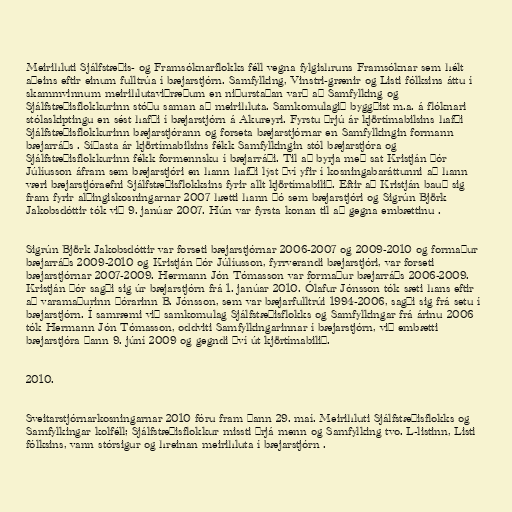
Meirihluti Sjálfstæðis- og Framsóknarflokks féll vegna fylgishruns Framsóknar sem hélt
aðeins eftir einum fulltrúa í bæjarstjórn. Samfylking, Vinstri-grænir og Listi fólksins áttu í
skammvinnum meirihlutaviðræðum en niðurstaðan varð að Samfylking og
Sjálfstæðisflokkurinn stóðu saman að meirihluta. Samkomulagið byggðist m.a. á flóknari
stólaskiptingu en sést hafði í bæjarstjórn á Akureyri. Fyrstu þrjú ár kjörtímabilsins hafði
Sjálfstæðisflokkurinn bæjarstjórann og forseta bæjarstjórnar en Samfylkingin formann
bæjarráðs . Síðasta ár kjörtímabilsins fékk Samfylkingin stól bæjarstjóra og
Sjálfstæðisflokkurinn fékk formennsku í bæjarráði. Til að byrja með sat Kristján Þór
Júlíusson áfram sem bæjarstjóri en hann hafði lýst því yfir í kosningabaráttunni að hann
væri bæjarstjóraefni Sjálfstæðisflokksins fyrir allt kjörtímabilið. Eftir að Kristján bauð sig
fram fyrir alþingiskosningarnar 2007 hætti hann þó sem bæjarstjóri og Sigrún Björk
Jakobsdóttir tók við 9. janúar 2007. Hún var fyrsta konan til að gegna embættinu .

Sigrún Björk Jakobsdóttir var forseti bæjarstjórnar 2006-2007 og 2009-2010 og formaður
bæjarráðs 2009-2010 og Kristján Þór Júlíusson, fyrrverandi bæjarstjóri, var forseti
bæjarstjórnar 2007-2009. Hermann Jón Tómasson var formaður bæjarráðs 2006-2009.
Kristján Þór sagði sig úr bæjarstjórn frá 1. janúar 2010. Ólafur Jónsson tók sæti hans eftir
að varamaðurinn Þórarinn B. Jónsson, sem var bæjarfulltrúi 1994-2006, sagði sig frá setu í
bæjarstjórn. Í samræmi við samkomulag Sjálfstæðisflokks og Samfylkingar frá árinu 2006
tók Hermann Jón Tómasson, oddviti Samfylkingarinnar í bæjarstjórn, við embætti
bæjarstjóra þann 9. júní 2009 og gegndi því út kjörtímabilið.

2010.

Sveitarstjórnarkosningarnar 2010 fóru fram þann 29. maí. Meirihluti Sjálfstæðisflokks og
Samfylkingar kolféll; Sjálfstæðisflokkur missti þrjá menn og Samfylking tvo. L-listinn, Listi
fólksins, vann stórsigur og hreinan meirihluta í bæjarstjórn .